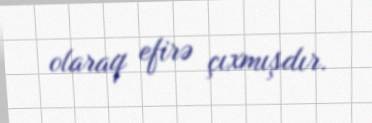
olaraq efirə çıxmışdır.